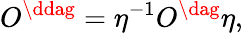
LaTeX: O^{\ddag}=\eta^{-1}O^{\dag}\eta,